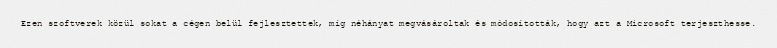
Ezen szoftverek közül sokat a cégen belül fejlesztettek, míg néhányat megvásároltak és módosították, hogy azt a Microsoft terjeszthesse.